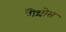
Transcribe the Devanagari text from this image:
गैन्चोस